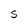
Character: S